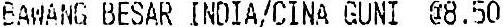
BAWANG BESAR INDIA/CINA GUNI @8.50